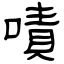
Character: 嘖